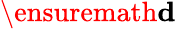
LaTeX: \ensuremath{\mathbf d}